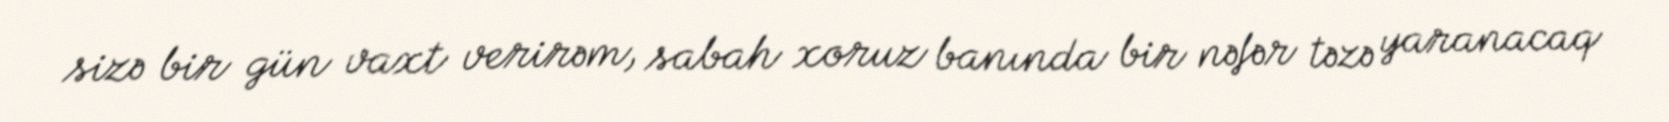
sizə bir gün vaxt verirəm, sabah xoruz banında bir nəfər təzə yaranacaq